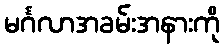
မင်္ဂလာအခမ်းအနားကို